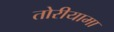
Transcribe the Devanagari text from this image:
तोरीयामा